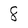
Character: 8